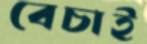
বেচাই